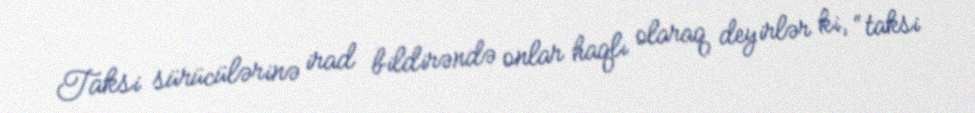
Taksi sürücülərinə irad bildirəndə onlar haqlı olaraq deyirlər ki, “taksi